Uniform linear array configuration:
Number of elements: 48
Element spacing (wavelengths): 0.75
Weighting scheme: kaiser
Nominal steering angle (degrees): -15
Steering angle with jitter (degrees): -14.857
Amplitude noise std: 0.05
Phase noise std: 0.05

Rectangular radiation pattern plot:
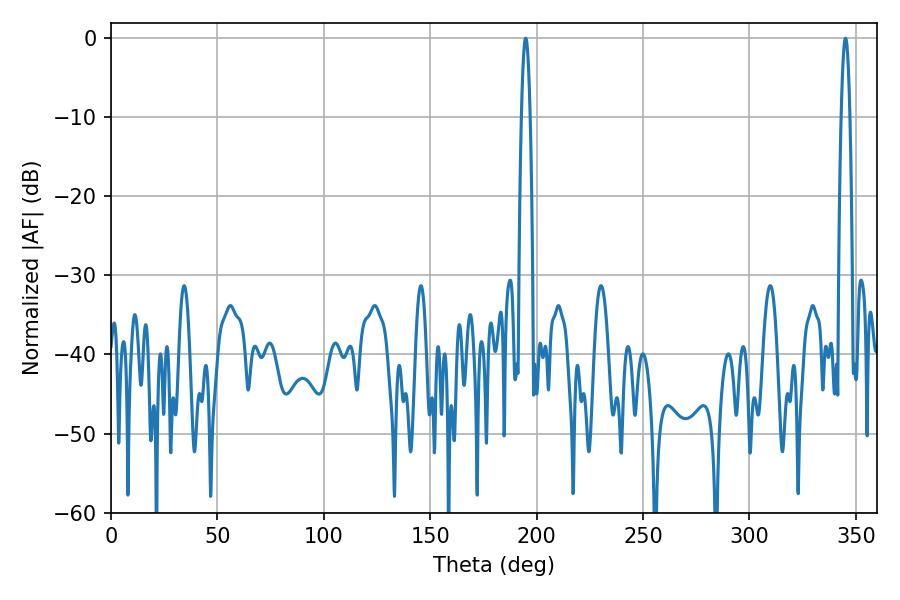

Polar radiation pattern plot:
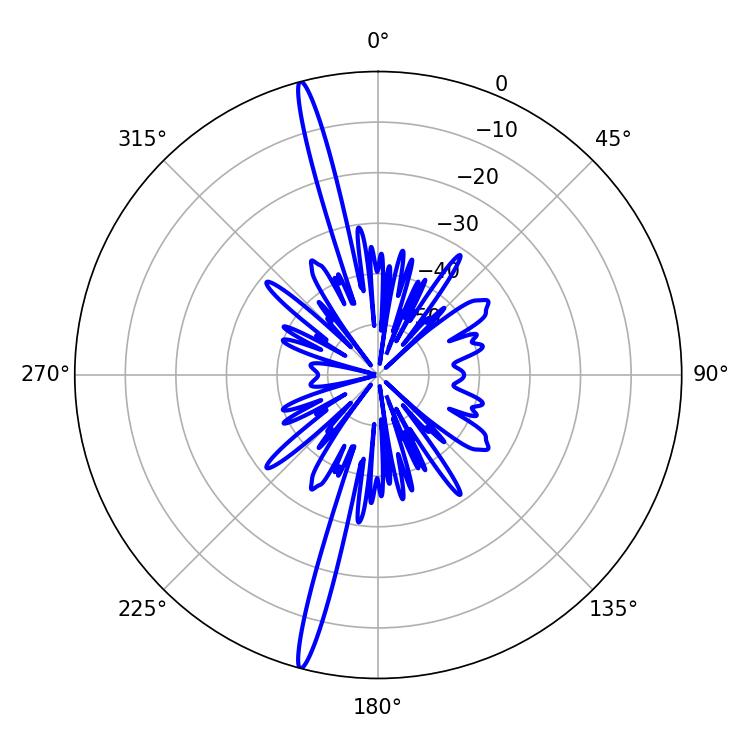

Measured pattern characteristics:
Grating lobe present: TRUE
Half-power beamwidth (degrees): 2.16
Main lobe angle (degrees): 194.94